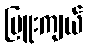
ပြူးကျယ်